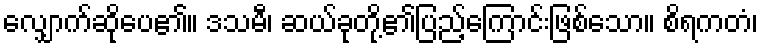
လျှောက်ဆိုပေ၏။ ဒသမီ၊ ဆယ်ခုတို့၏ပြည့်ကြောင်းဖြစ်သော။ စိရကတံ၊